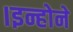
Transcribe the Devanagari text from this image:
।इन्होने